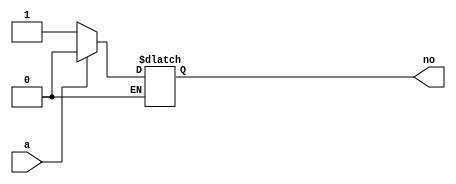
module not_1bit (
    input a,
    output no
);
reg no;

always @(a) begin
    
    if (a == 1'b0)
    begin
        no = 1'b1;
    end

    else if (a == 1'b1)
    begin
        no = 1'b0;
    end
end

endmodule